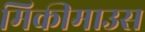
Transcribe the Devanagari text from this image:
मिकीमाउस